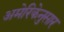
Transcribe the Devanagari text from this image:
अमेरिकेनुसार